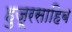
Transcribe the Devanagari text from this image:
हुजूरसाहिब